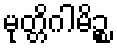
မုတ္တိဂါမိဉ္စ